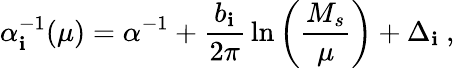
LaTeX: \alpha_{\mathbf{i}}^{-1}(\mu)=\alpha^{-1}+{\frac{{b_{\mathbf{i}}}}{{2\pi}}}\ln\left({\frac{{M_{s}}}{{\mu}}}\right)+\Delta_{\mathbf{i}}~,